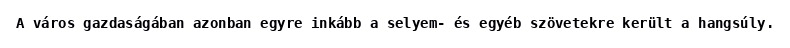
A város gazdaságában azonban egyre inkább a selyem- és egyéb szövetekre került a hangsúly.